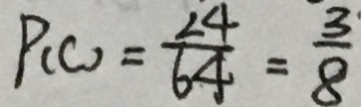
P _ { ( C ) } = \frac { 2 4 } { 6 4 } = \frac { 3 } { 8 }